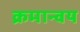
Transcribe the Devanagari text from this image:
क्रमान्वय